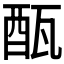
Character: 𨠛